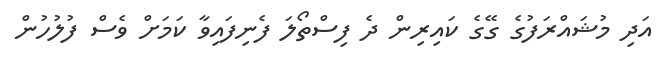
އަދި މުޝައްރަފުގެ ގޭގެ ކައިރިން ދެ ފިސްތޯލަ ފެނިފައިވާ ކަމަށް ވެސް ފުލުހުން